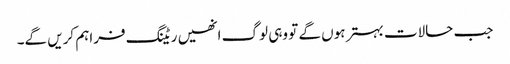
جب حالات بہتر ہوں گے تو وہی لوگ انھیں ریٹنگ فراہم کریں گے۔